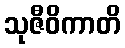
သုဇီဝိကာတိ